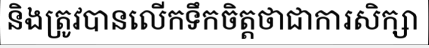
និងត្រូវបានលើកទឹកចិត្តថាជាការសិក្សា